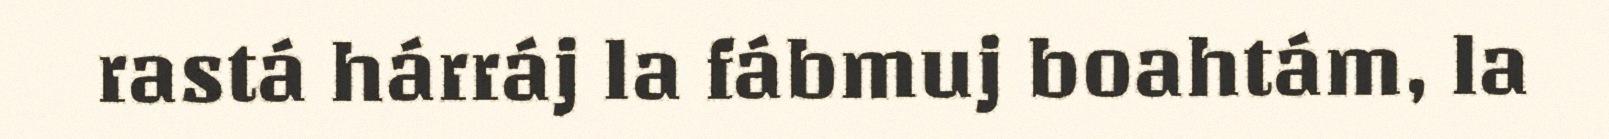
rastá hárráj la fábmuj boahtám, la